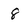
Character: 8